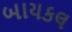
બાયકલ